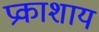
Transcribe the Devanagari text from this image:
प्रकाशाय